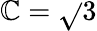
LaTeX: \mathbb{C}=\sqrt{}{{3}}